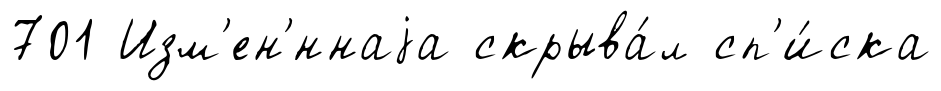
701 Изм'ен'́ннаjа скрыва́л сп'и́ска